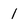
Character: 1